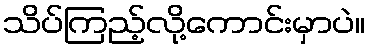
သိပ်ကြည့်လို့ကောင်းမှာပဲ။